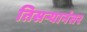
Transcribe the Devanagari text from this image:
तिसऱ्यानंतर